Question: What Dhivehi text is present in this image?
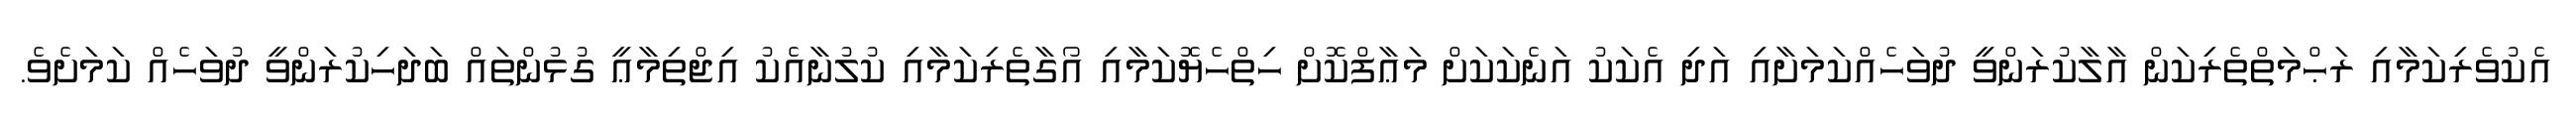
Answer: އެކުވެރިކަމާއި ރަޙްމަތްތެރިކަން އާލާކުރަންވީ ދުވަހެއްކަމަށާއި އަދި އެކަކު އަނެކަކަށް މަޢާފްކޮށް ހިތްހެޔޮކަމާއި އޯގާތެރިކަމާއި ކުލުނާއެކު އިޖްތިމާޢީ ގުޅުންތައް ބަދަހިކުރަންވީ ދުވަހެއް ކަމަށެވެ.